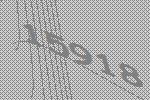
15918